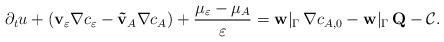
LaTeX: \begin{align*} \partial_t u+(\mathbf{v}_\varepsilon \nabla c_{\varepsilon}-\mathbf{\tilde{v}}_A \nabla c_A)+\frac{\mu_{\varepsilon}-\mu_A}{\varepsilon}=\mathbf{w}|_\Gamma \, \nabla c_{A,0}-\mathbf{w}|_\Gamma \, \mathbf{Q}-\mathcal{C}.\end{align*}